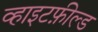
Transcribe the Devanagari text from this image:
व्हाइटफ़ील्ड